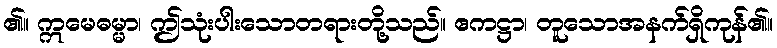
၏။ ဣမေဓမ္မာ၊ ဤသုံးပါးသောတရားတို့သည်။ ဧကဋ္ဌာ၊ တူသောအနက်ရှိကုန်၏။